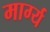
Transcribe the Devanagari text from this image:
मार्ग्य